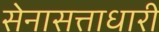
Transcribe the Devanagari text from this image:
सेनासत्ताधारी